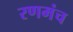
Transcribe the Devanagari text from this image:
रणमंच